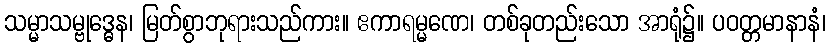
သမ္မာသမ္ဗုဒ္ဓေန၊ မြတ်စွာဘုရားသည်ကား။ ဧကာရမ္မဏေ၊ တစ်ခုတည်းသော အာရုံ၌။ ပဝတ္တမာနာနံ၊